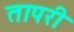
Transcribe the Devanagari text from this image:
तापरी